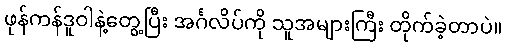
ဖုန်ကန်ဒူဝါနဲ့တွေ့ပြီး အင်္ဂလိပ်ကို သူအများကြီး တိုက်ခဲ့တာပဲ။